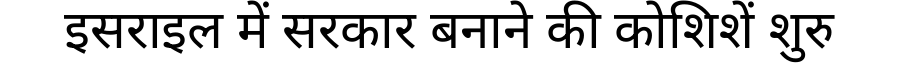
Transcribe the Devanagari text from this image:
इसराइल में सरकार बनाने की कोशिशें शुरु